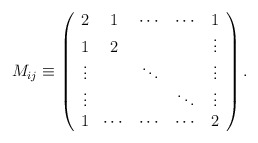
\begin{align*}M_{ij}\equiv \left(\begin{array}{ccccc}2&1&\cdots&\cdots& 1\\1&2& & &\vdots\\\vdots& &\ddots & &\vdots\\\vdots& & & \ddots&\vdots\\1&\cdots&\cdots&\cdots&2\\\end{array}\right).\end{align*}